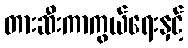
တားဆီးကာကွယ်ရေးနှင့်